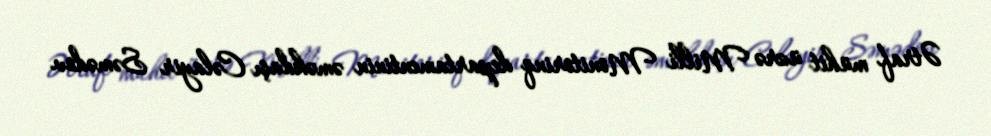
Ətraf mühit üzrə Milli Monitorinq departamentinin əməkdaşı Cəlayir Səmədov